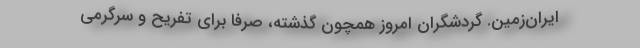
ایران‌زمین. گردشگران امروز همچون گذشته، صرفاً برای تفریح و سرگرمی